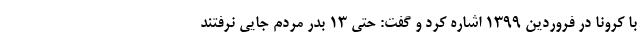
با کرونا در فروردین ۱۳۹۹ اشاره کرد و گفت: حتی ۱۳ بدر مردم جایی نرفتند